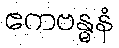
ဧကဗန္ဓနံ